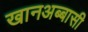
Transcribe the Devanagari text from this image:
खानअब्बासी